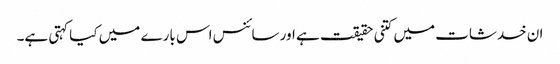
ان خدشات میں کتنی حقیقت ہے اور سائنس اس بارے میں کیا کہتی ہے۔